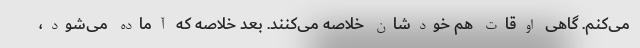
می‌کنم. گاهی اوقات هم خودشان خلاصه می‌کنند. بعد خلاصه که آماده می‌شود،